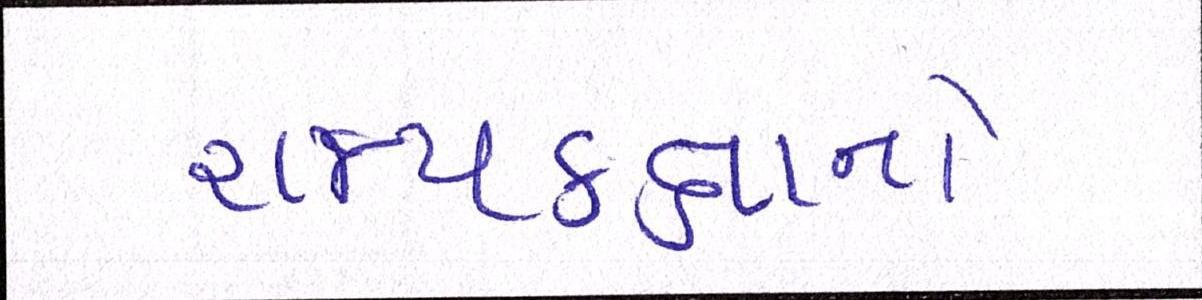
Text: રાજ્યકક્ષાનો